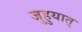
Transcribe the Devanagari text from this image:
जुहुयात्‌